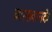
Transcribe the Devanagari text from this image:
व्याख्यानके